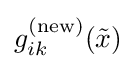
g_{ik}^{\text{(new)}}({\tilde {x}})